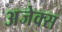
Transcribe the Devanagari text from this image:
अजेक्स